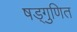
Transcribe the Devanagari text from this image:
षड्गुणित